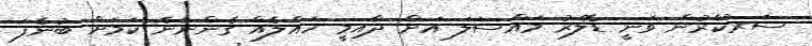
ސަރުކާރުން ވަނީ ޑޮލަރު މައްސަލަ އަށް ދާއިމީ ހައްލެއް ގެންނާނެ ކަމަށް ބުނެފަ